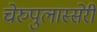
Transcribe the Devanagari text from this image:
चेरुपुलास्सेरी